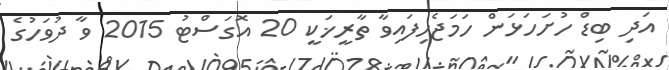
އަދި ބިޑް ހުށަހަޅަން ހަމަޖެހިފައިވާ ތާރީޚަކީ 20 އޮގަސްޓު 2015 ވާ ދުވަހުގެ